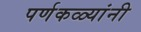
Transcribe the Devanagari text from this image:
पर्णकळ्यांनी